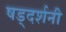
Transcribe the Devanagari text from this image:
षड्दर्शनी